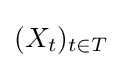
(X_{t})_{t\in T}